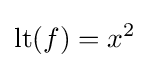
\mathrm {lt} (f)=x^{2}